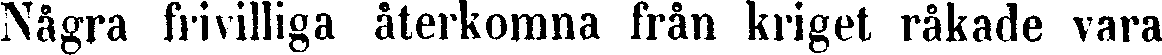
Några frivilliga återkomna från kriget råkade vara